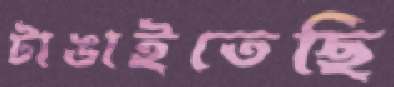
টাঙাইতেছি